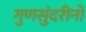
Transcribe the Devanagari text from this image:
गुणसुंदरीनो